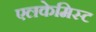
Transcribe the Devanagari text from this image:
एलकेमिस्ट